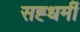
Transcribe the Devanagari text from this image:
सह्धर्मी